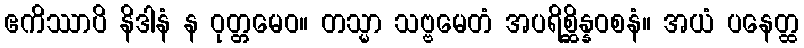
ဧကိဿာပိ နိဒါနံ န ဝုတ္တမေဝ။ တသ္မာ သဗ္ဗမေတံ အပရိစ္ဆိန္နဝစနံ။ အယံ ပနေတ္ထ